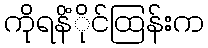
ကိုရနိံိုင်ထြန်းက